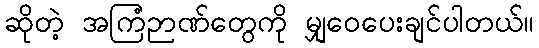
ဆိုတဲ့ အကြံဉာဏ်တွေကို မျှဝေပေးချင်ပါတယ်။